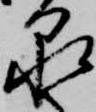
泉